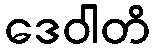
ဒေဝါတိ